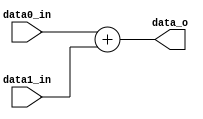
module Adder
(
    data0_in,
    data1_in,
    data_o
);

// Ports
input  [31:0] data0_in, data1_in;
output [31:0] data_o;

assign data_o = data0_in + data1_in;

endmodule